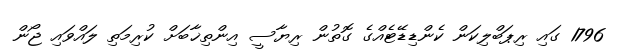
1796 ގައި ރިޕަބްލިކަން ކެންޑިޑޭޓެއްގެ ގޮތުން ރިޔާސީ އިންތިޚާބަށް ކުރިމަތި ލައްވައި ޖޯން